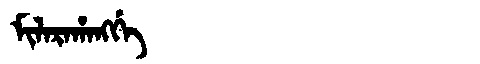
Manchu: ᠮᡳᠯᠠᡵᠠᡥᠠᠩᡤᡝ
Romanization: MILARAHANGGE